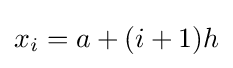
x_{i}=a+(i+1)h